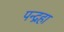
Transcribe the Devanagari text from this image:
पन्द्रहा